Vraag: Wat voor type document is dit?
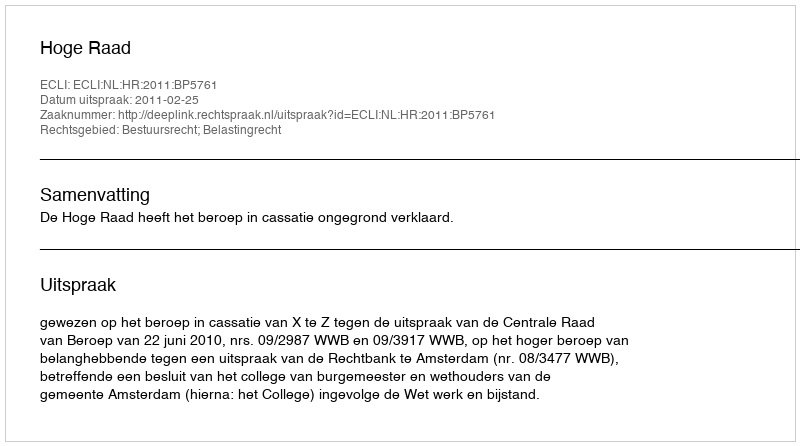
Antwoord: Uitspraak